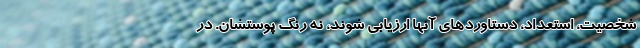
شخصیت‌، استعداد، دستاوردهای آنها ارزیابی شوند، نه رنگ پوستشان. در